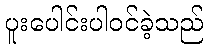
ပူးပေါင်းပါဝင်ခဲ့သည်